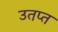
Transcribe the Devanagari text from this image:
उतप्त